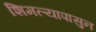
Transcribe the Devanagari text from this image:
शिमल्यापासुन